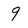
Character: 9